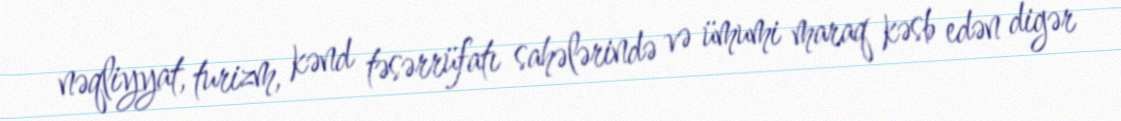
nəqliyyat, turizm, kənd təsərrüfatı sahələrində və ümumi maraq kəsb edən digər